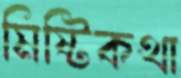
মিষ্টিকথা